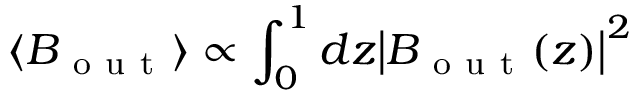
\langle B _ { \mathrm { ~ o ~ u ~ t ~ } } \rangle \propto \int _ { 0 } ^ { 1 } d z { \left| B _ { \mathrm { ~ o ~ u ~ t ~ } } ( z ) \right| } ^ { 2 }